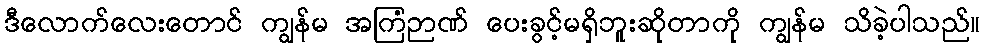
ဒီလောက်လေးတောင် ကျွန်မ အကြံဉာဏ် ပေးခွင့်မရှိဘူးဆိုတာကို ကျွန်မ သိခဲ့ပါသည်။